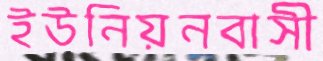
ইউনিয়নবাসী